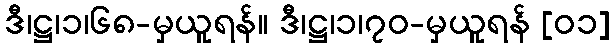
ဒီ၊ဋ္ဌ၊၁၊၆၈-မှယူရန်။ ဒီ၊ဋ္ဌ၊၁၊၇၀-မှယူရန် [၀၁]